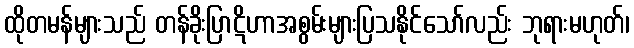
ထိုတမန်များသည် တန်ခိုးပြာဋိဟာအစွမ်းများပြသနိုင်သော်လည်း ဘုရားမဟုတ်၊